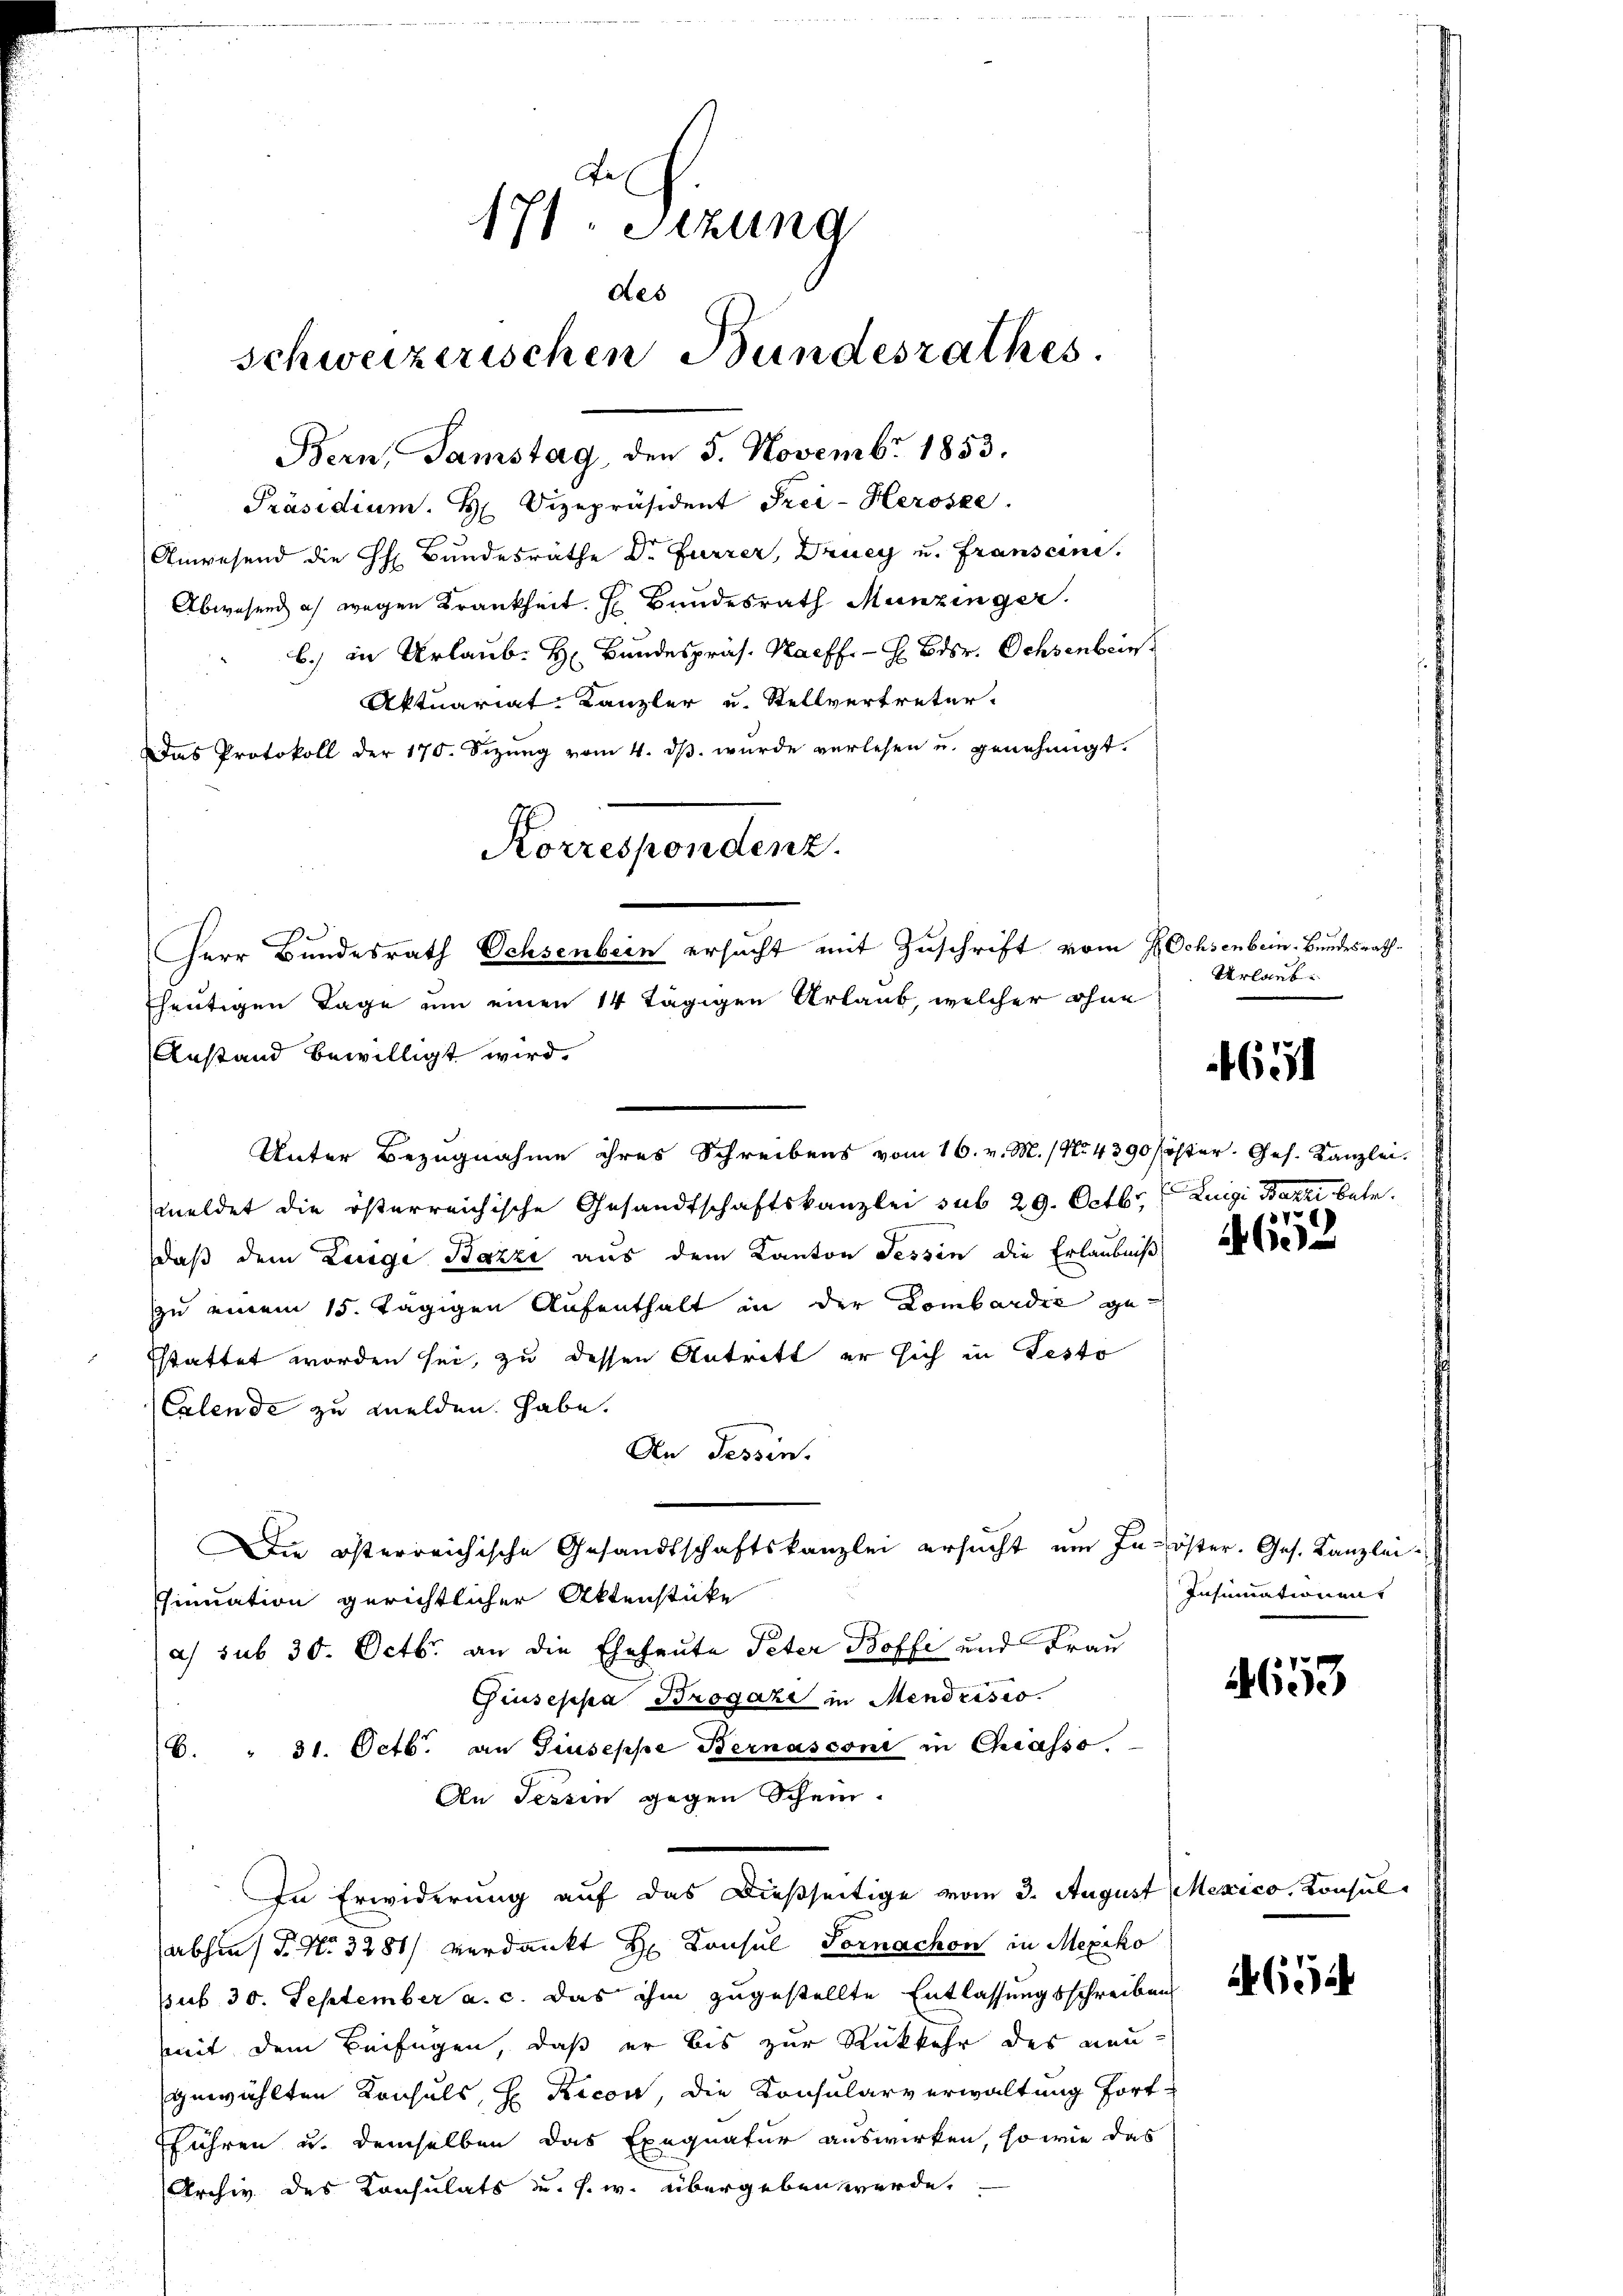
171 Stzung
des
schweizerischen Bundesrathes.
Bern, Samstag, den 5. Novembr 1853.

Präsidium. H. Vizepräsident Frei-Herosze
Anwesend die Hr. Bundesräthe Dr. Furrer, Drucy u. Franseni
Abwesend es wegen Krankheit. H. Bundesrath Munzinger.
b.) in Urlaub. H. Bundespräs. Haeff. — H Bdsr. Ochsenbein
Aktuariat Kanzler u. Stellvertreter-
as Protokoll der 170. Sizŭng vom 4. dβ. wŭrde verlesen u. genehmigt.
heutigen Tage um einen 14 tägigen Urlaub, welcher ohne
Anstand bewilligt wird.
meldet die österreichische Gesandtschaftskanzlei sub 29. Octbr. Luigi Bazzi betr.
daß dem Luigi Bazzi aus dem Kanton Tessin die Erlaubniß,
zzu einem 15. tägigen Aufenthalt in der Lombardić gesstattet worden sei, zu dessen Antritt er sich in Festo
Calende zu melden habe.
An Tessin.
Die österreichische Gesandtschaftskanzlei ersucht um In- öster. Ges. Kanzlei-
sinuation gerichtlicher Aktenstücke
a) sub 30. Octbr. an die Eheleute Peter Boffi und Frau
Giuseppa Brogazi in Mendrises.
6. " 31. Octb. an Giuseppe Bernasconi in Chiasso.
An Sessen gegen Schein.
In Erwiderung auf das dießseitige vom 3. August Mexico, Konsul
abhin P. Nr. 3281) verdankt Hr. Konsul Fornachon in Mexiko
sub 30. September a. c. das ihm zugestellte Entlassungsschreiben
mit dem Beifügen, daß er bis zur Rückkehr des neugewählten Konsuls, H. Recon, die Konsularverwaltung fort-
fführen u. demselben das Exequatur auswirken, so wie das
Archiv des Konsulats u. s. w. übergeben werde.

Korrespondenz.
Herr Bundesrath Ochsenbein ersucht mit Zuschrift vom Ochsenbein-Bundesrath

Unter Bezugnahme ihres Schreibens vom 16. v. M. / No. 4390 Pöster. Ges. Kanzlei.

Urlaub

14652

4631

Insinuationens

4653

465